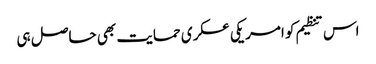
اس تنظیم کو امریکی عسکری حمایت بھی حاصل ہی